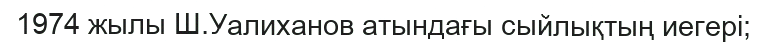
1974 жылы Ш.Уалиханов атындағы сыйлықтың иегері;